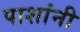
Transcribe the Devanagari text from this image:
पाशांनी